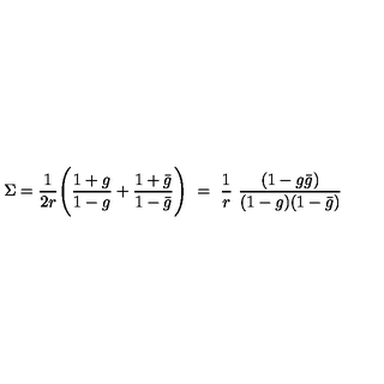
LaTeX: \Sigma = \frac { 1 } { 2 r } \Biggl ( \frac { 1 + g } { 1 - g } + \frac { 1 + \bar { g } } { 1 - \bar { g } } \Biggr ) \ = \ \frac { 1 } { r } \ \frac { ( 1 - g \bar { g } ) } { ( 1 - g ) ( 1 - \bar { g } ) }